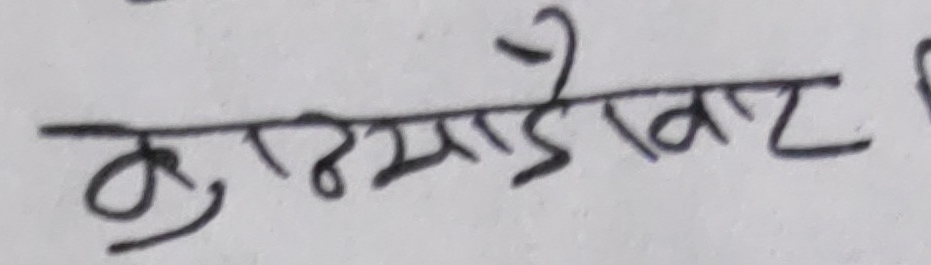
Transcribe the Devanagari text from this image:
कुष्माडीखाट